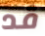
قد